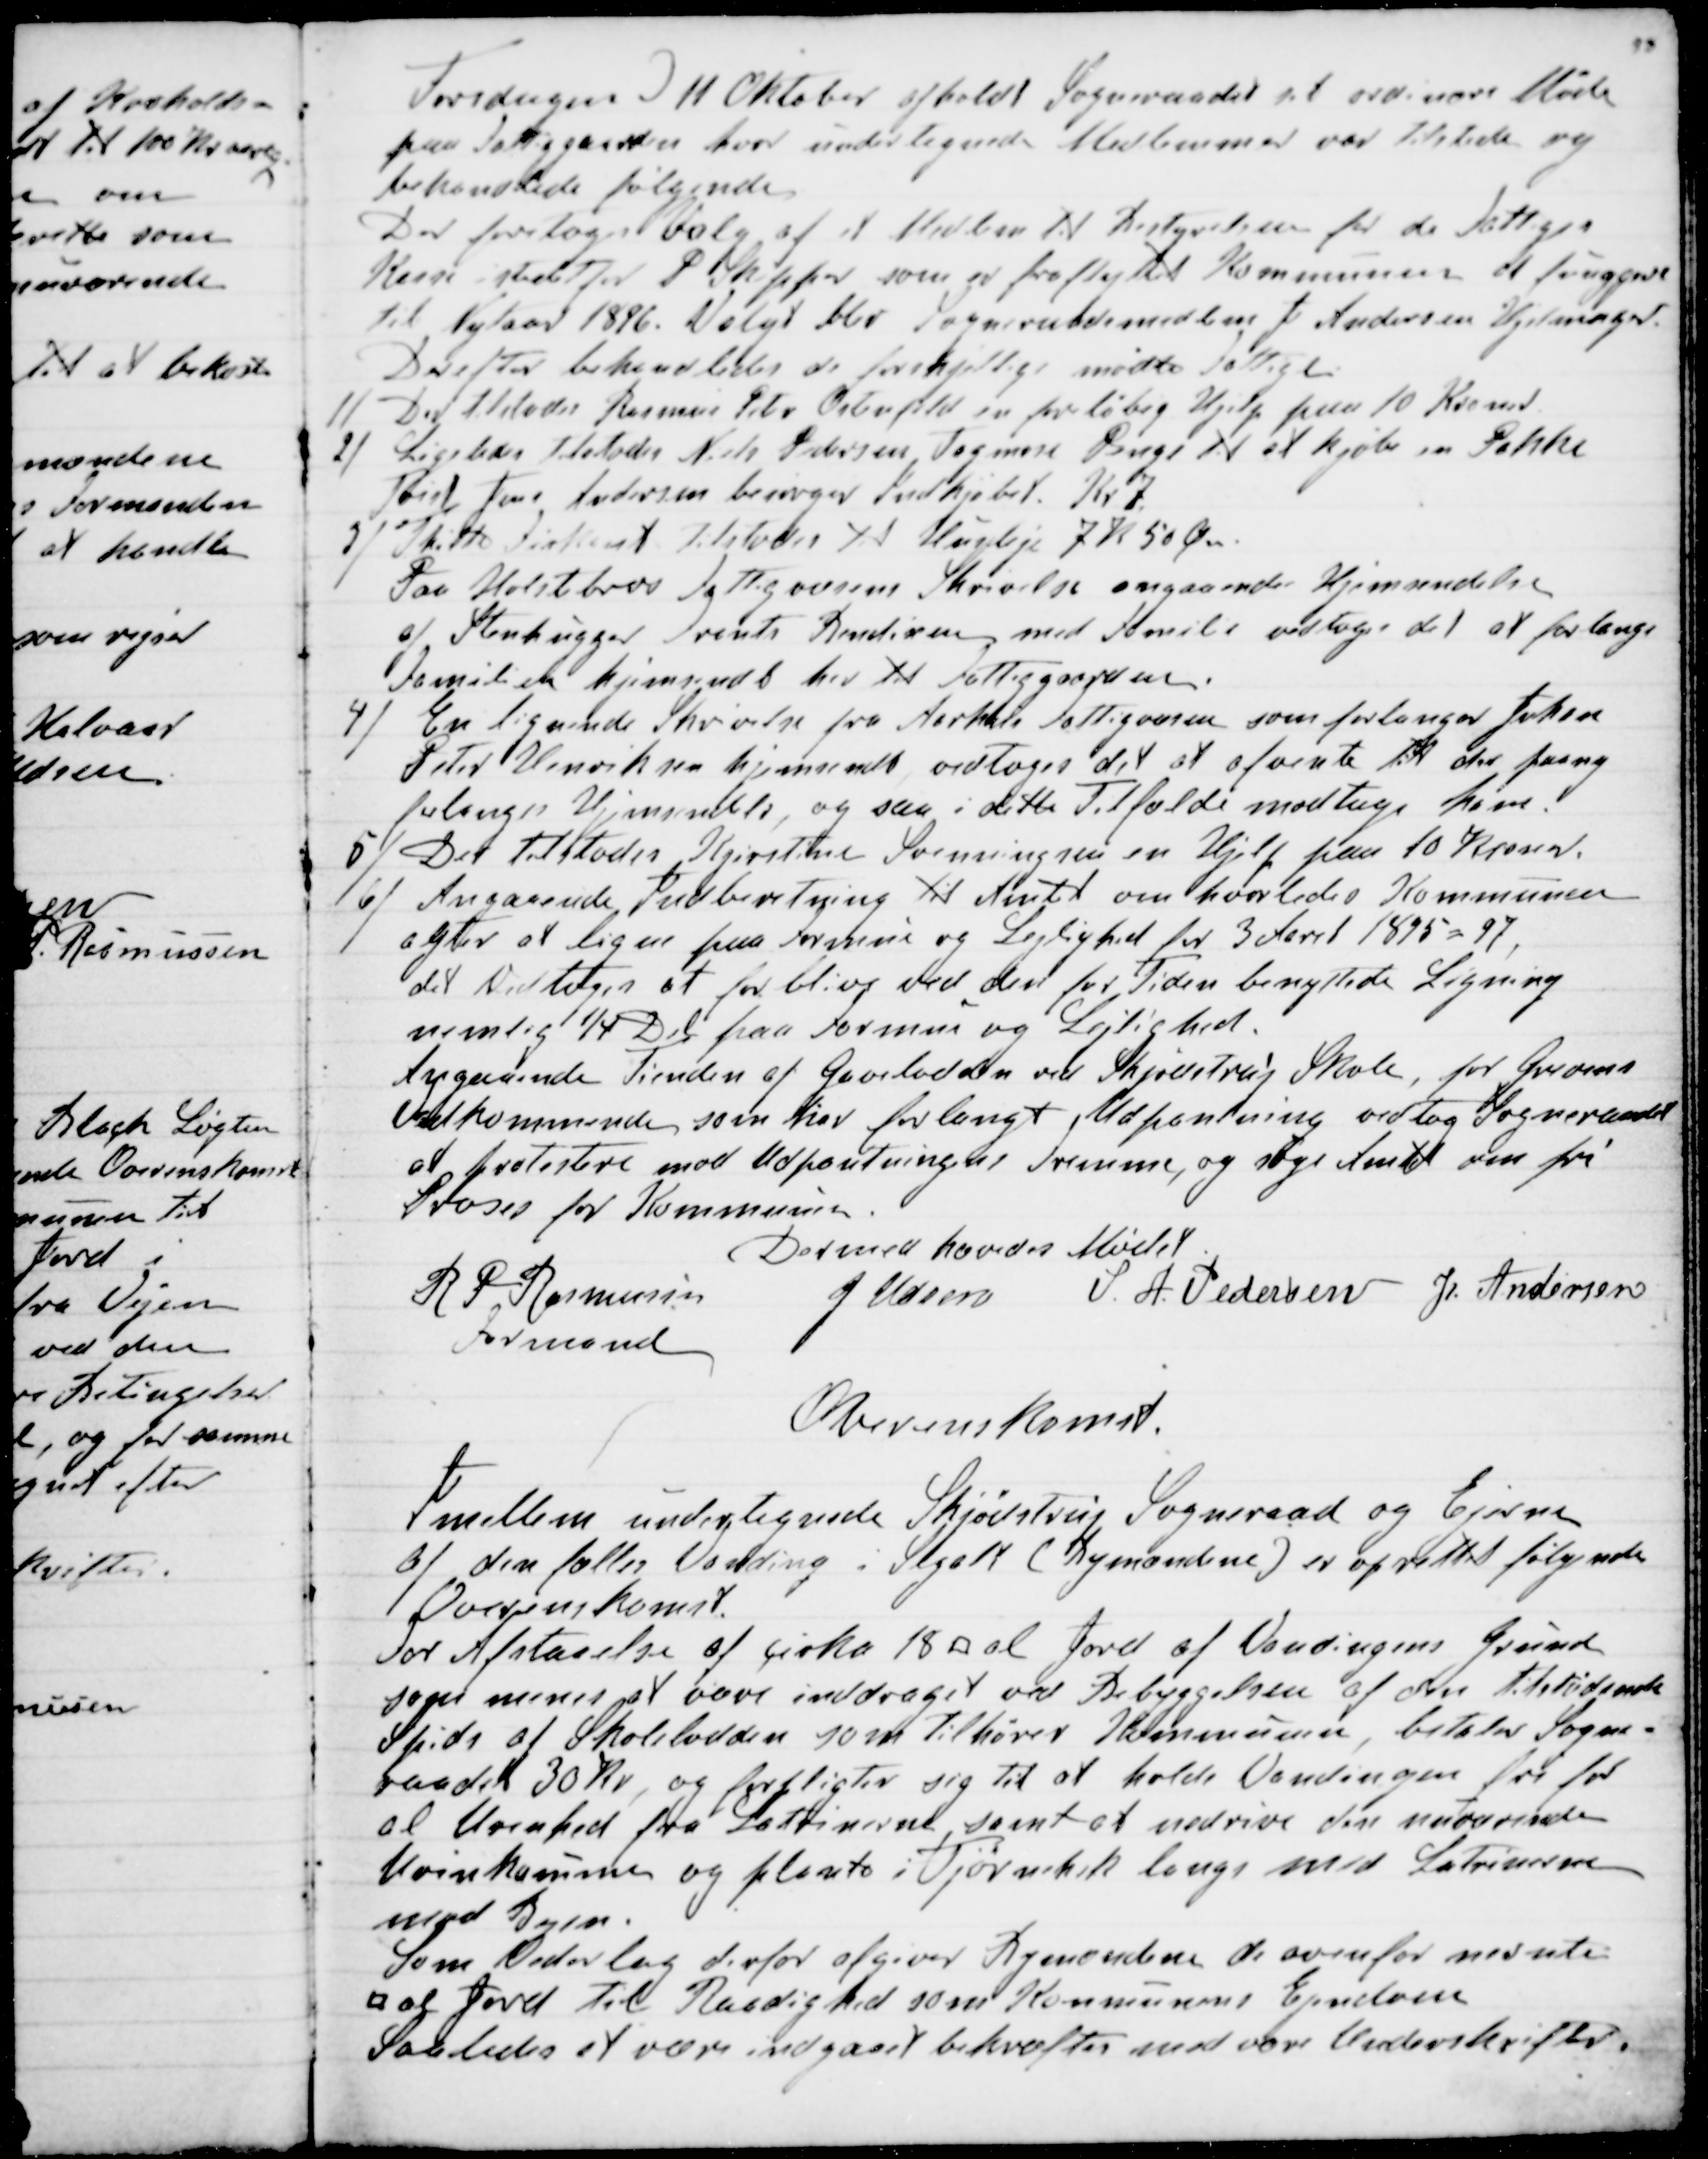
Transskription:
Torsdagen D 11 Oktober afholdt Sogneraadet sit ordinære Møde
paa Fattiggaarden hvor undertegnede Medlemmer var tilstede og
behandlede følgende.
Der foretoges Valg af et Medlem til Bestyrelsen for de Fattiges
Kasse istedetfor P Skipper som er fraflyttet Kommunen at fungere
til Nytaar 1896. Valgt blev Sogneraadsmedlem J Andersen Hjelmager.
Derefter behandeledes de forskjellige mødte Fattige.
1) Der tilstodes Rasmus Peter Ostenfeld en foreløbig Hjelp paa 10 Kroner
2) Ligeledes tilstodes Niels Pedersen Tagmose Penge til at kjøbe en Pakke
Toist Jens Andersen besørger Indkjøbet. Kr. 7.
3) Thilte Firkant tilstodes til Husleje 7 Kr 50 Øre.
Paa Holstebros Fattigvæsens Skrivelse angaaende Hjemsendelse
af Stenhugger Frants Bendixen med Familie vedtoges det at forlange
Familien hjemsendt her til Fattiggaarden.
4) En lignende Skrivelse fra Aarhus Fattigvæsen som forlanger Johan
Peter Henriksen hjemsendt vedtoges det at afvente til der  paany
forlanges Hjemsendelse, og saa i dette Tilfælde modtage ham.
5) Der tilstodes Kjirstine Svenningsen en Hjelp paa 10 Kroner.
6) Angaaende Indberetning til Amtet om hvorledes Kommunen
agter at ligne paa Formue og Lejlighed for 3 Aaret 1895 = 97,
det Vedtoges at forblive ved den for Tiden benyttede Ligning
nemlig ¼ Del paa Formue og Lejlighed.
Angaaende Tienden af Gavelodden ved Skjødstrup Skole, for Grevens
Vedkommende som har forlangt Udpantning vedtog Sogneraadet
at protestere mod Udpantningens Fremme, og søge Amtet om fri
Proses for Kommunen.
Dermed hævedes Mødet.
R P Rasmussen
Formand
J Udsen
S. A. Pedersen
J. Andersen

Overenskomst.
Imellem undertegnede Skjødstrup Sogneraad og Ejerne
af den fælles Vanding i Segalt (Bymændene) er oprettet følgende
Overenskomst.
For Afstaaelse af cirka 18 □ al Jord af Vandingens Grund
som menes at være inddraget ved Bebyggelsen af den tilstødende
Spids af Skolelodden som tilhører Kommunen betaler Sogne-
raadet 30 Kr, og forpligter sig til at holde Vandingen fri for
al Urenhed fra Latrinerne samt at nedrive den nuværende
Urinkumme og plante i Tjørnehek langs med Latrinerne 
mod Byen.
Som Vederlag derfor afgiver Bymændene de ovenfor nævnte
□ al Jord til Raadighed som Kommunens Ejendom
Saaledes at være indgaaet bekræftes med vore Underskrifter.